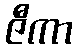
ဇီကာ